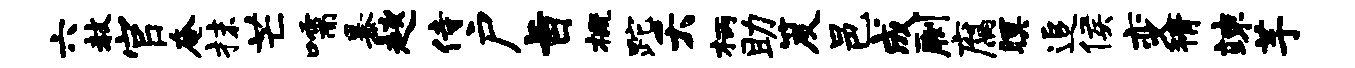
六赦官奄抹芒嚅暴趑侍户旨概跎夭柄助笈邑成劂腐暝追侯变猾竦芋